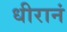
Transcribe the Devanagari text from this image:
धीरानं